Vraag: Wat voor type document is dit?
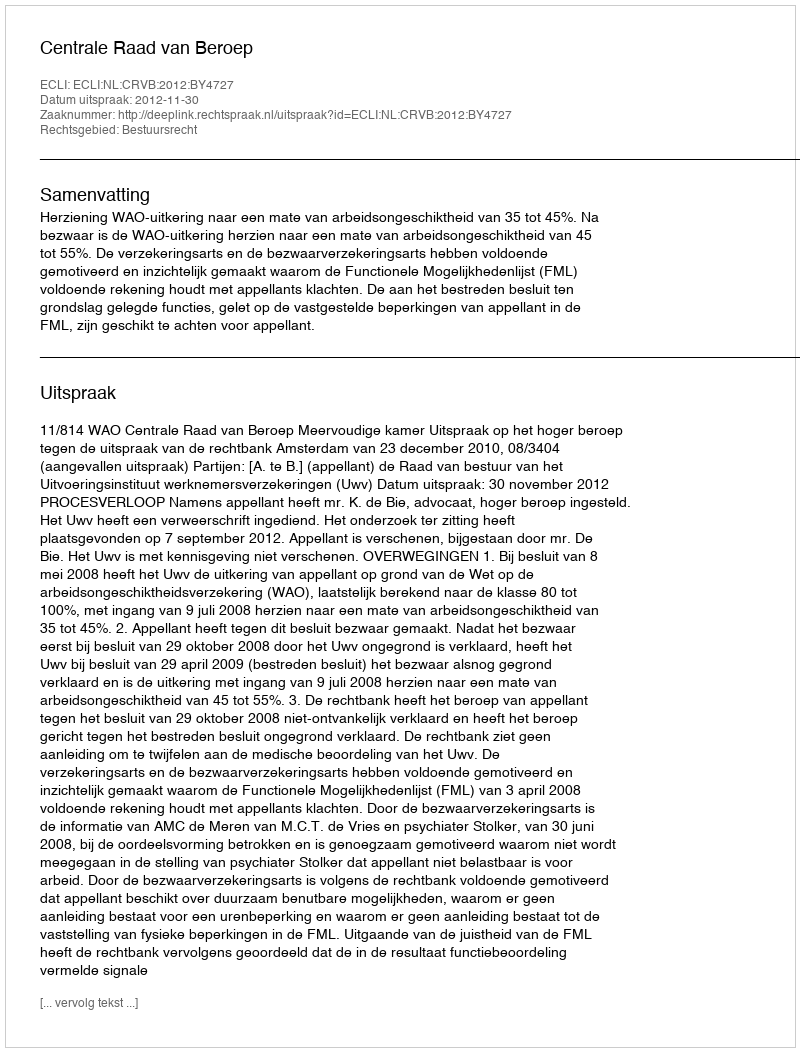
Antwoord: Uitspraak